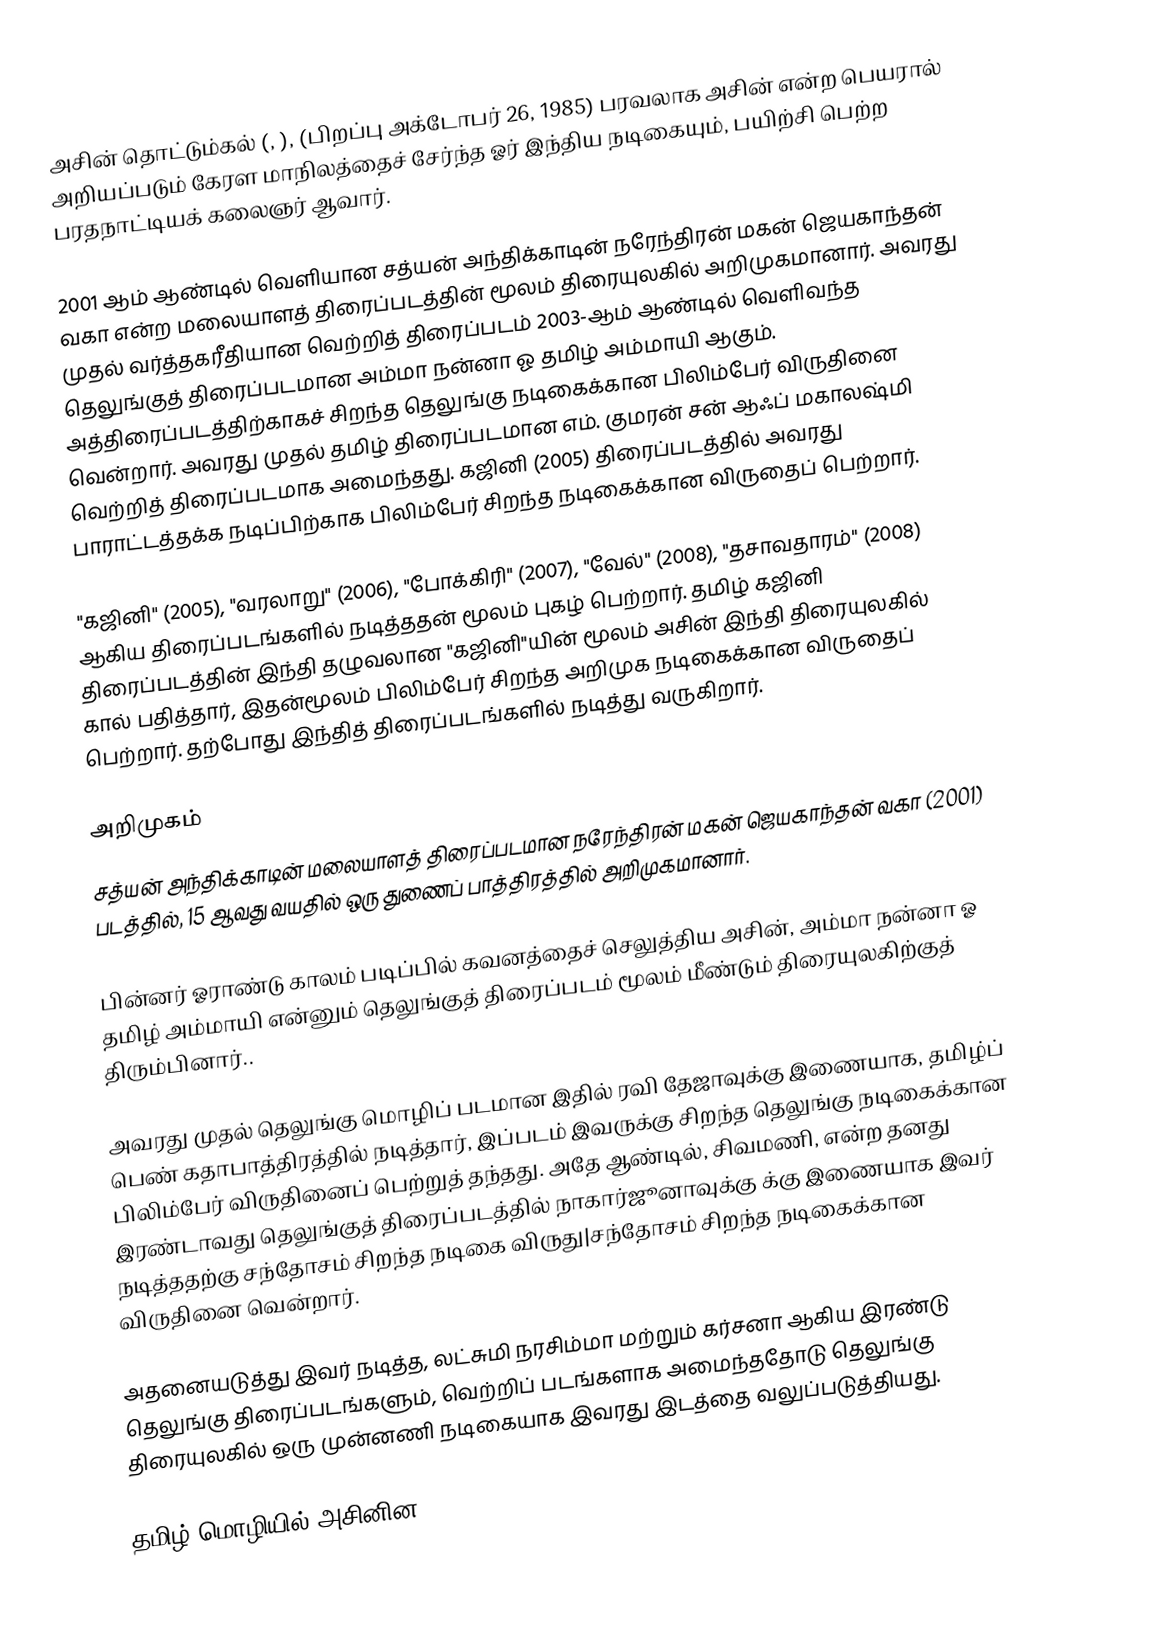
அசின் தொட்டும்கல்  (, ), (பிறப்பு அக்டோபர் 26, 1985) பரவலாக அசின் என்ற பெயரால் அறியப்படும் கேரள மாநிலத்தைச் சேர்ந்த ஓர் இந்திய நடிகையும், பயிற்சி பெற்ற பரதநாட்டியக் கலைஞர் ஆவார்.

2001 ஆம் ஆண்டில் வெளியான சத்யன் அந்திக்காடின் நரேந்திரன் மகன் ஜெயகாந்தன் வகா என்ற  மலையாளத் திரைப்படத்தின் மூலம் திரையுலகில் அறிமுகமானார். அவரது முதல் வர்த்தகரீதியான வெற்றித் திரைப்படம் 2003-ஆம் ஆண்டில் வெளிவந்த தெலுங்குத் திரைப்படமான அம்மா நன்னா ஓ தமிழ் அம்மாயி ஆகும். அத்திரைப்படத்திற்காகச் சிறந்த தெலுங்கு நடிகைக்கான பிலிம்பேர் விருதினை வென்றார். அவரது முதல் தமிழ் திரைப்படமான எம். குமரன் சன் ஆஃப் மகாலஷ்மி வெற்றித் திரைப்படமாக அமைந்தது. கஜினி (2005) திரைப்படத்தில் அவரது பாராட்டத்தக்க நடிப்பிற்காக பிலிம்பேர் சிறந்த நடிகைக்கான விருதைப் பெற்றார்.

"கஜினி" (2005), "வரலாறு" (2006), "போக்கிரி" (2007), "வேல்" (2008), "தசாவதாரம்" (2008) ஆகிய திரைப்படங்களில் நடித்ததன் மூலம் புகழ் பெற்றார். தமிழ் கஜினி திரைப்படத்தின் இந்தி தழுவலான "கஜினி"யின் மூலம் அசின் இந்தி திரையுலகில் கால் பதித்தார், இதன்மூலம் பிலிம்பேர் சிறந்த அறிமுக நடிகைக்கான விருதைப் பெற்றார். தற்போது இந்தித் திரைப்படங்களில் நடித்து வருகிறார்.

அறிமுகம்
சத்யன் அந்திக்காடின் மலையாளத் திரைப்படமான நரேந்திரன் மகன் ஜெயகாந்தன் வகா  (2001) படத்தில், 15 ஆவது வயதில் ஒரு துணைப் பாத்திரத்தில் அறிமுகமானார்.

பின்னர் ஓராண்டு காலம் படிப்பில் கவனத்தைச் செலுத்திய அசின், அம்மா நன்னா ஓ தமிழ் அம்மாயி என்னும் தெலுங்குத் திரைப்படம் மூலம் மீண்டும் திரையுலகிற்குத் திரும்பினார்..

அவரது முதல் தெலுங்கு மொழிப் படமான இதில் ரவி தேஜாவுக்கு இணையாக, தமிழ்ப் பெண் கதாபாத்திரத்தில் நடித்தார், இப்படம் இவருக்கு சிறந்த தெலுங்கு நடிகைக்கான பிலிம்பேர் விருதினைப் பெற்றுத் தந்தது.  அதே ஆண்டில், சிவமணி, என்ற தனது இரண்டாவது தெலுங்குத் திரைப்படத்தில் நாகார்ஜூனாவுக்கு க்கு இணையாக இவர் நடித்ததற்கு சந்தோசம் சிறந்த நடிகை விருது|சந்தோசம் சிறந்த நடிகைக்கான விருதினை வென்றார்.

அதனையடுத்து இவர் நடித்த, லட்சுமி நரசிம்மா மற்றும் கர்சனா ஆகிய இரண்டு தெலுங்கு திரைப்படங்களும், வெற்றிப் படங்களாக அமைந்ததோடு தெலுங்கு திரையுலகில் ஒரு முன்னணி நடிகையாக இவரது இடத்தை வலுப்படுத்தியது.

தமிழ் மொழியில் அசினின